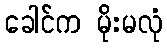
ခေါင်က မိုးမလုံ